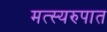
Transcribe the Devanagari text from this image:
मत्स्यरुपात